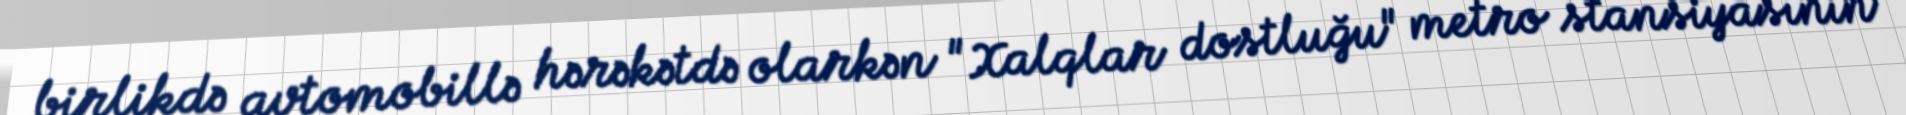
birlikdə avtomobillə hərəkətdə olarkən "Xalqlar dostluğu" metro stansiyasının